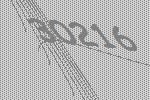
30216